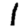
Digit: 1